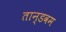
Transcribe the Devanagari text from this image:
तान्डवम